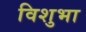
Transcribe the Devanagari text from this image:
विशुभा